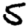
Digit: 5